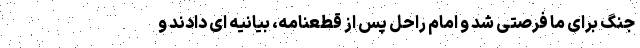
جنگ برای ما فرصتی شد و امام راحل پس از قطعنامه، بیانیه ای دادند و